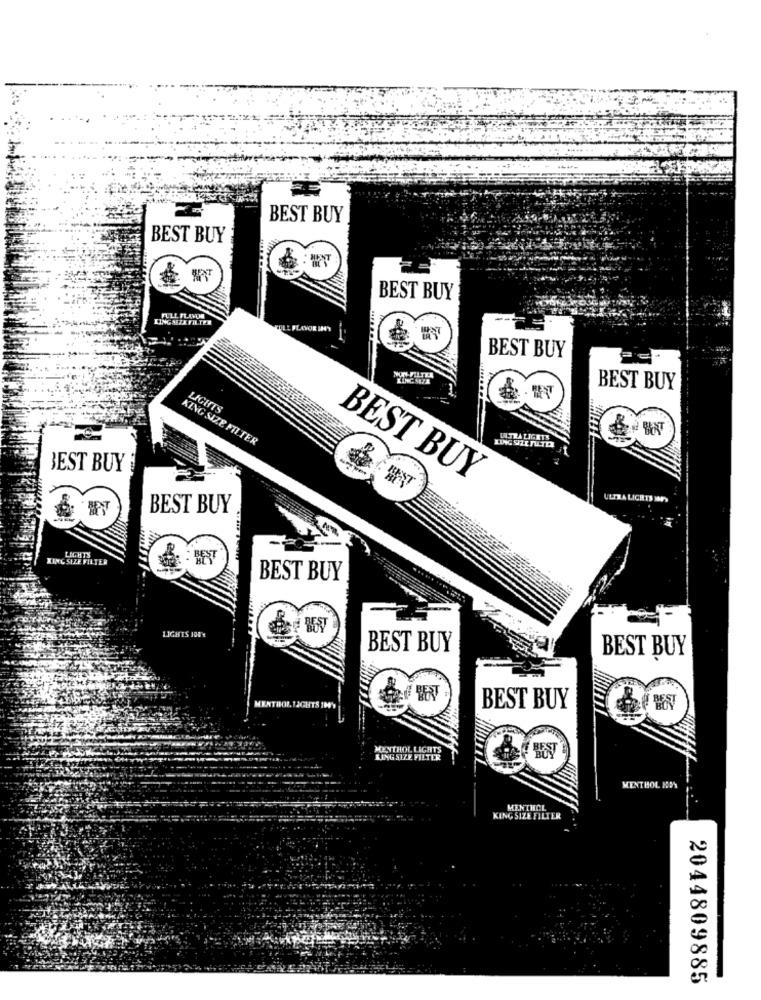
BEST BUY
BEST BUY
BEST BUY
KINGSEZE FILTER
BEST BUY
KINGSIZE
BEST BUY
LIGHTS
KING SIZE FILTER
LATRA DIGITS
BEST BUY
BEST BUY
ULTRA LICHTS MANY
BEST BUY
KING SIZE FILTER
BEST BUY
LIGHTS 100%
BEST BUY
BEST BUY
KATHOL 13GHTS IH'S
BEST BUY
MENTHOL LIGHTS
KING SIZE FILTER
MENTHOL HOS
MENTHOL
KING SIZE FILTER
2044809885